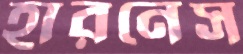
হারনেস